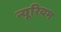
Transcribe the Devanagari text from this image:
न्यूरियम